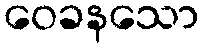
ဝေခနသော